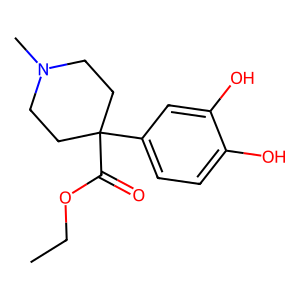
SMILES: CCOC(=O)C1(c2ccc(O)c(O)c2)CCN(C)CC1
Inhibits HIV replication: No